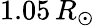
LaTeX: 1.05\, R_{\odot}